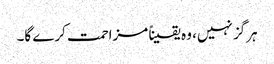
ہرگز نہیں، وہ یقیناً مزاحمت کرے گا۔